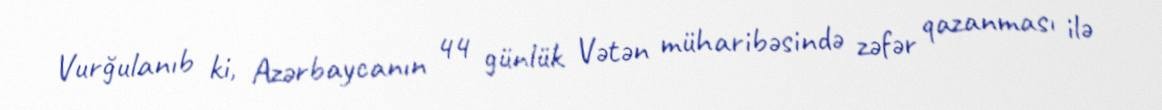
Vurğulanıb ki, Azərbaycanın 44 günlük Vətən müharibəsində zəfər qazanması ilə